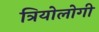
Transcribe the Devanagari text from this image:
त्रियोलोगी